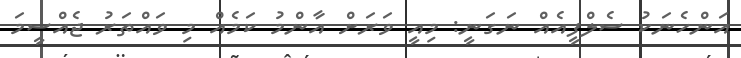
އަންހެނަކު ސެލްފީއެއް ނަގަނީ: މިއީ ވަރަށް އާންމު ކަމެއް މި ވައްތަރު ޖެއްސީމަ